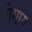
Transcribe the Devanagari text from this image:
भोगाय